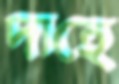
দাহে